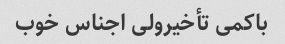
باکمی تأخیرولی اجناس خوب